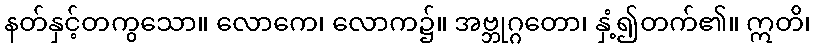
နတ်နှင့်တကွသော။ လောကေ၊ လောက၌။ အဗ္ဘုဂ္ဂတော၊ နှံ့၍တက်၏။ ဣတိ၊